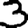
Digit: 3